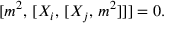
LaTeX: { \lbrack { m ^ { 2 } } , \, \lbrack { X _ { i } } , \, \lbrack { X _ { j } } , \, { m ^ { 2 } } \rbrack \rbrack \rbrack } = 0 .